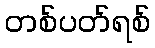
တစ်ပတ်ရစ်